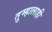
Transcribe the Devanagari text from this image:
तुम्हालाही